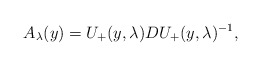
\begin{align*}A_{\lambda}(y)=U_{+}(y,\lambda)DU_{+}(y,\lambda)^{-1},\end{align*}